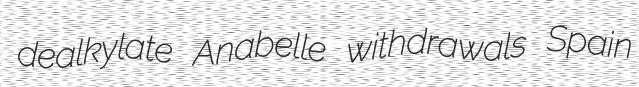
dealkylate Anabelle withdrawals Spain